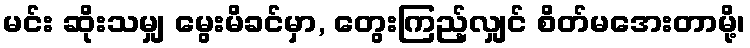
မင်း ဆိုးသမျှ မွေးမိခင်မှာ, တွေးကြည့်လျှင် စိတ်မအေးတာမို့၊